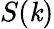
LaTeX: S(\mathit{k})